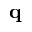
\mathbf { q }